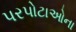
પરપોટાઓના